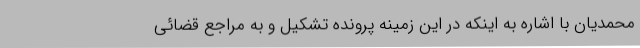
محمدیان با اشاره به اینکه در این زمینه پرونده تشکیل و به مراجع قضائی